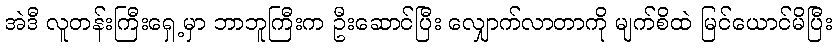
အဲဒီ လူတန်းကြီးရှေ့မှာ ဘာဘူကြီးက ဦးဆောင်ပြီး လျှောက်လာတာကို မျက်စိထဲ မြင်ယောင်မိပြီး